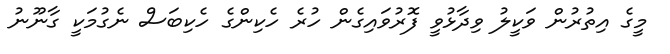
މީގެ އިތުރުން ވަކީލު ވިދާޅުވީ ފޮރުވައިގެން ހުރެ ހެކިންގެ ހެކިބަސް ނެގުމަކީ ގާނޫނު